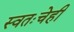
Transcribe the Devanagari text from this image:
स्वतःचेही